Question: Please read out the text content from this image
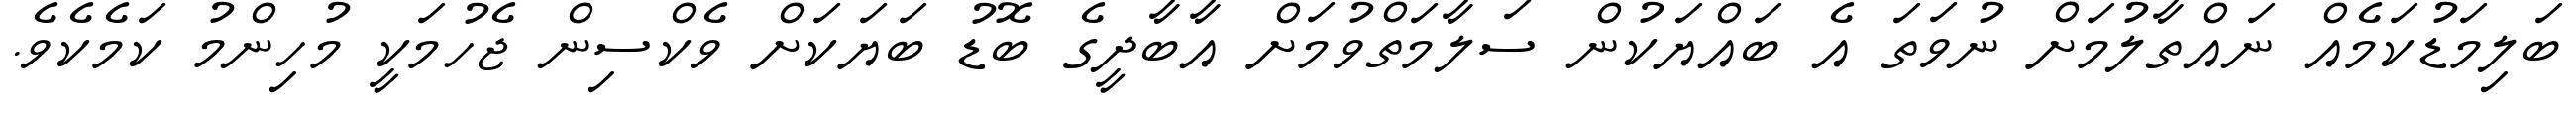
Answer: ބަލިމަޑުކަމެއް ނައްތާލުމަށް ނުވަތަ އެ ބައްޔަކުން ސަލާމަތްވުމަށް އާބާދީގެ ބޮޑު ބަޔަކަށް ވެކްސިން ޖެހުމަކީ މުހިންމު ކަމެކެވެ.